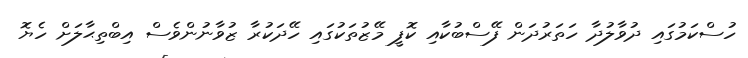
ހުސްކަމުގައި ދުވާލުދާ ހަތަރުދަން ފޭސްބުކާއި ކޮފީ މޭޒުތަކުގައި ހޭދަކުރާ ޒުވާނުންވެސް އިބްތިޙާލަށް ހެޔޮ